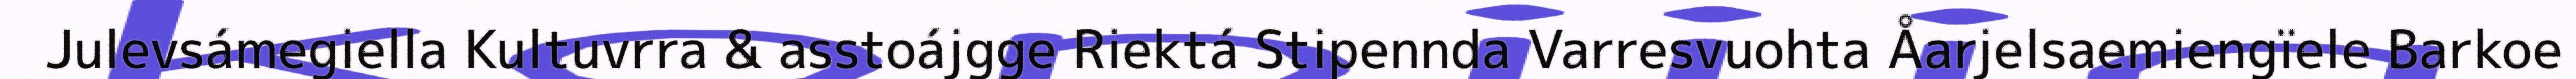
Julevsámegiella Kultuvrra & asstoájgge Riektá Stipennda Varresvuohta Åarjelsaemiengïele Barkoe